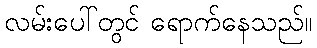
လမ်းပေါ်တွင် ရောက်နေသည်။